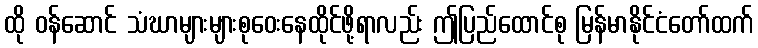
ထို ဝန်ဆောင် သံဃာများများစုဝေးနေထိုင်ဖို့ရာလည်း ဤပြည်ထောင်စု မြန်မာနိုင်ငံတော်ထက်